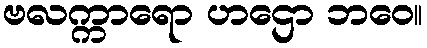
ဗလက္ကာရော ဟဌော ဘဝေ။